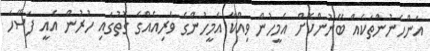
އަންހެނުންތަކެއް ބޭނުންކޮށް އެމީހުން ވިއްކާ އެމީހުންގެ ވެރިއެއްގެ ގޮތުގައި ހުރުން އެއީ ފަސޭހަ